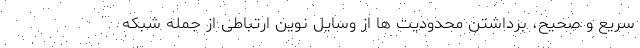
سریع و صحیح، برداشتن محدودیت ها از وسایل نوین ارتباطی از جمله شبکه